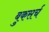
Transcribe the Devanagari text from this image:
बुकसर्च